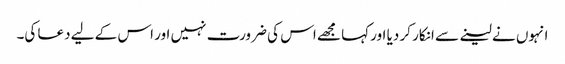
انہوں نے لینے سے انکار کر دیا اور کہا مجھے اس کی ضرورت نہیں اور اس کے لیے دعا کی۔